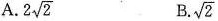
A. 2 \sqrt{2} B. \sqrt{2}